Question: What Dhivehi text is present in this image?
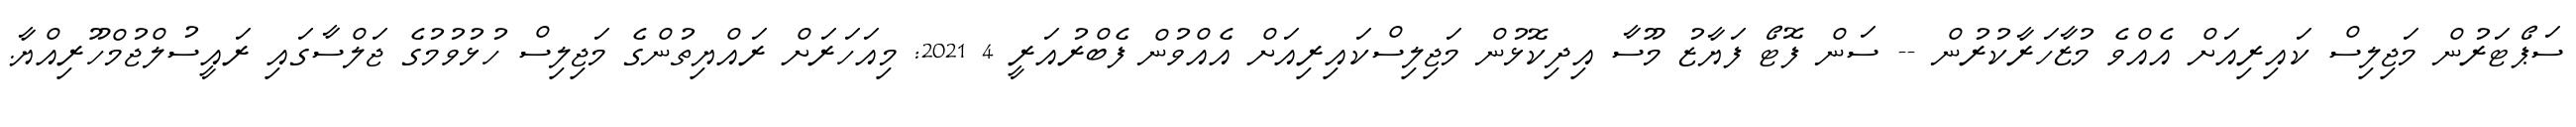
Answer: ސަޕޯޓަރުން މަޖިލިސް ކައިރިއަށް އެއްވެ މުޒާހަރާކުރުން -- ސަން ފޮޓޯ ފަޔާޒު މޫސާ އިދިކޮޅުން މަޖިލިސްކައިރިއަށް އެއްވުން ފެބްރުއަރީ 4 2021: މިއަހަރަށް ރައްޔިތުންގެ މަޖިލިސް ހުޅުވުމުގެ ޖަލްސާގައި ރައީސުލްޖުމްހޫރިއްޔާ.